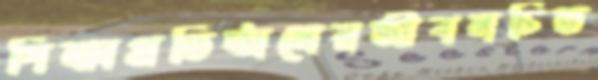
শিক্ষাপ্রতিষ্ঠানেরজীবনচিত